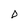
Character: D